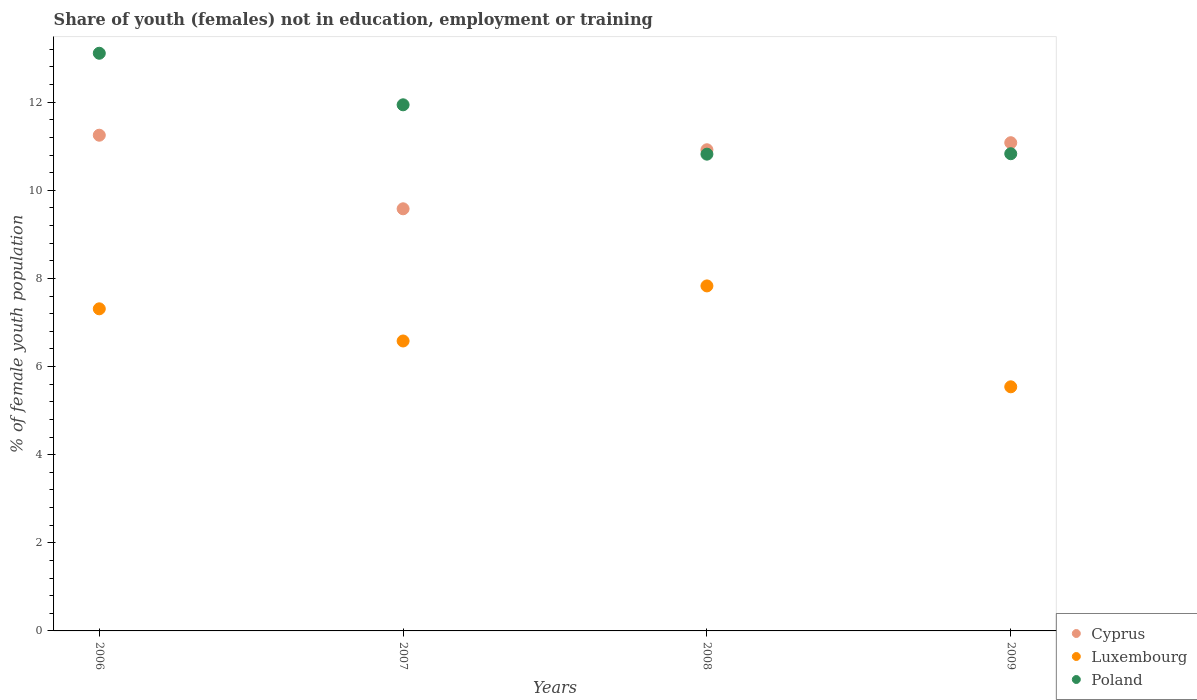
| Years | Cyprus | Luxembourg | Poland |
 | --- | --- | --- | --- |
 | 2006 | 11.2 | 7.31 | 13.1 |
 | 2007 | 9.58 | 6.58 | 11.9 |
 | 2008 | 10.9 | 7.83 | 10.8 |
 | 2009 | 11.1 | 5.54 | 10.8 |